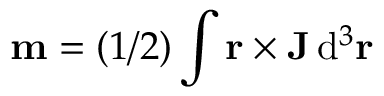
\mathbf m = ( 1 / 2 ) \int \mathbf r \times \mathbf J \, \mathrm { d } ^ { 3 } \mathbf r